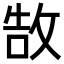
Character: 𢽍